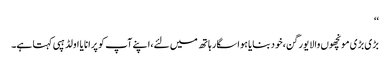
‘‘
بڑی بڑی مونچھوں والا یورگن،خود بنایا ہوا سگار ہاتھ میں لئے،اپنے آپ کو پرانا یا اولڈ ہپی کہتا ہے۔